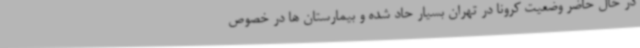
در حال حاضر وضعیت کرونا در تهران بسیار حاد شده و بیمارستان ها در خصوص